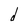
Character: d